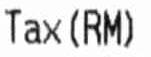
TAX (RM)